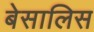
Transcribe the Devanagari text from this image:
बेसालिस